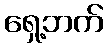
ရှေ့ဘက်